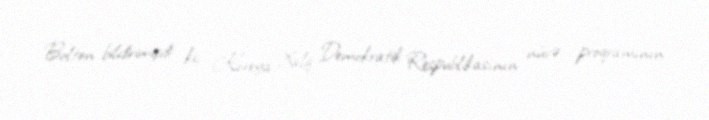
Bolton bildirimişdi ki, Koreya Xalq Demokratik Respublikasının nüvə proqramının